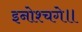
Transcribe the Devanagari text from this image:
इनोश्चगे॥